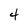
Character: 4